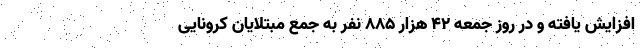
افزایش یافته و در روز جمعه 42 هزار 885 نفر به جمع مبتلایان کرونایی